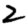
Digit: 2